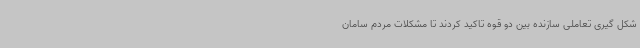
شکل گیری تعاملی سازنده بین دو قوه تاکید کردند تا مشکلات مردم سامان